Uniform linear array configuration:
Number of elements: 32
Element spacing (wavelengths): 0.75
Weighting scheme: hamming
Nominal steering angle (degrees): -45
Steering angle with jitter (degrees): -46.808
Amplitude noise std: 0.05
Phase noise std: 0.05

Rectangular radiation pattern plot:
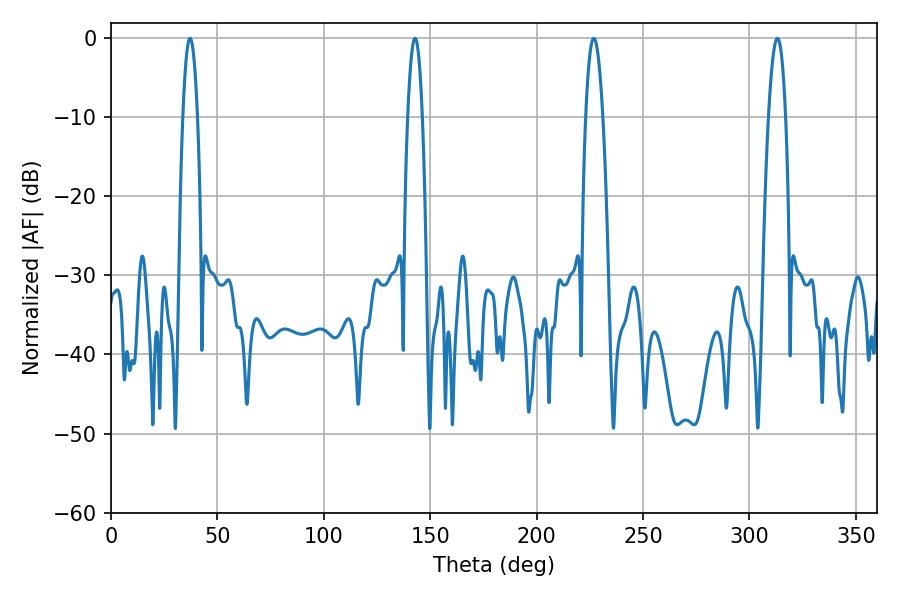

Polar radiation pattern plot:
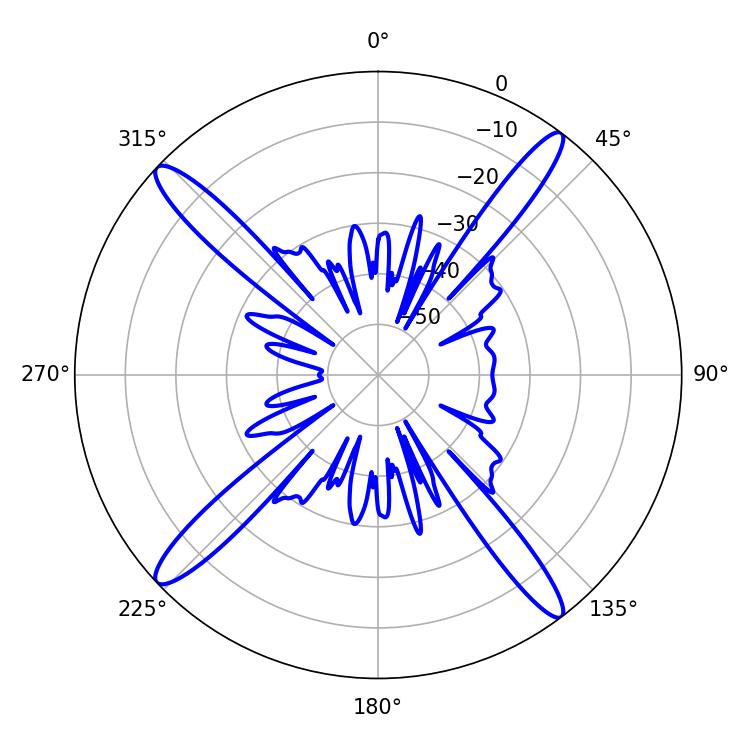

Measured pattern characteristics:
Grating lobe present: TRUE
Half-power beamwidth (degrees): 3.78
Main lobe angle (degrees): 37.08